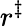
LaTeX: r^{\ddagger}